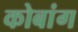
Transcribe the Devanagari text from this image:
कोबांग